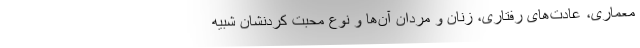
معماری، عادت‌های رفتاری، زنان و مردان آن‌ها و نوع محبت کردنشان شبیه